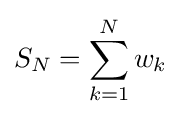
S_{N}=\sum _{k=1}^{N}w_{k}